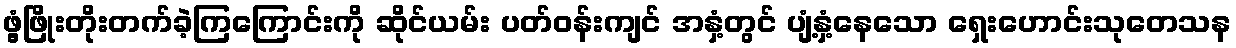
ဖွံ့ဖြိုးတိုးတက်ခဲ့ကြကြောင်းကို ဆိုင်ယမ်း ပတ်ဝန်းကျင် အနှံ့တွင် ပျံ့နှံ့နေသော ရှေးဟောင်းသုတေသန